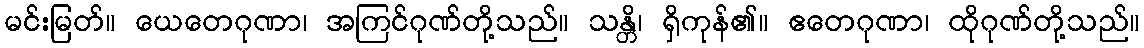
မင်းမြတ်။ ယေတေဂုဏာ၊ အကြင်ဂုဏ်တို့သည်။ သန္တိ၊ ရှိကုန်၏။ ဧတေဂုဏာ၊ ထိုဂုဏ်တို့သည်။